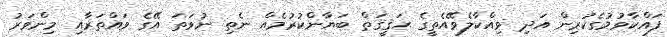
ފައްކާވުމުގެކުރިން އަދި ވިއްކާލެވޭއެތީގެ ޙަޤީޤަތް ބަޔާންކުރުމެއް ނެތި ނުވަތަ އޭގެ ވައްތަރާއި މިންވަރު